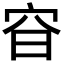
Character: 𡧼